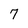
Character: 7